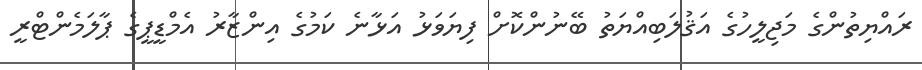
ރައްޔިތުންގެ މަޖިލީހުގެ އަޤުލަބިއްޔަތު ބޭނުންކޮށް ފިޔަވަޅު އަޅާނެ ކަމުގެ އިންޒާރު އެމްޑީޕީގެ ޕާލަމެންޓްރީ